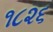
૧૮૨૬